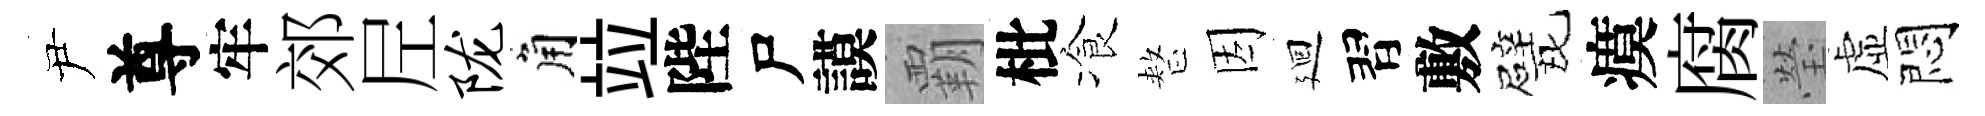
尹尊牢郊𡰱陇角竝陛尸謨覇枇飡整因廻習敷戏瘼腐瑩虚悶